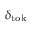
\delta _ { \mathrm { t o k } }